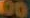
00